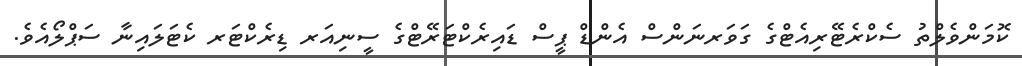
ކޮމަންވެލްތު ސެކްރެޓޭރިއެޓްގެ ގަވަރނަންސް އެންޑް ޕީސް ޑައިރެކްޓަރޭޓްގެ ސީނިއަރ ޑިރެކްޓަރ ކެޓަލައިނާ ސަޕްލޯއެވެ.